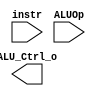
/***************************************************
Student Name: 
Student ID: 
***************************************************/

`timescale 1ns/1ps

module ALU_Ctrl(
	input		[3:0]	instr,
	input		[1:0]	ALUOp,
	output wire	[3:0] ALU_Ctrl_o
	);
	
/* Write your code HERE */
 
 
endmodule